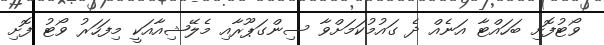
ވޯޓުފޮށި ބަހައްޓާ އަނެއް ދެ ގައުމުކަމަށްވާ ސިންގަޕޫރާއި މެލޭޝިއާއަކީ މިފަހަރު ވޯޓު ފޮށި